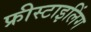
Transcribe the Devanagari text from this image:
फ्रीस्टाइलिंग